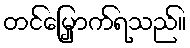
တင်မြှောက်ရသည်။